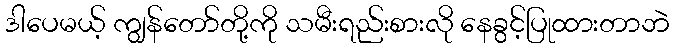
ဒါပေမယ့် ကျွန်တော်တို့ကို သမီးရည်းစားလို နေခွင့်ပြုထားတာဘဲ